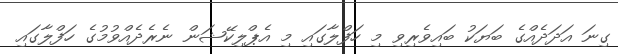
ގިނަ އަދަދެއްގެ ބަޔަކު ބައިވެރިވި މި ހަފްލާގައި މި އެޕްލިކޭޝަން ނެރެދެއްވުމުގެ ހަފްލާގައި